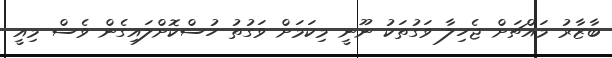
ބާޒާރު މައްޗަށް ޖެހިލާ ވަގުތަކު ނޫނީ މިކަމަށް ވަގުތު ހުސްކޮށްލައިގެން ވެސް މިއީ